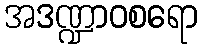
အဒဏ္ဍာဝစရော